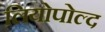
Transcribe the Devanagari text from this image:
लियोपोल्द